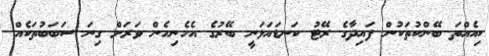
ކިއެއްތަ ބޭންކުތަކުން ފައިދާގެ ރޭޓު ކަނޑައަޅަނީ ބޭރުގެ އެހެނިހެން ވަރަށް ގިނަ ސަބަބުތަކެއް